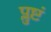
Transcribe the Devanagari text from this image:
प्लुष्टं